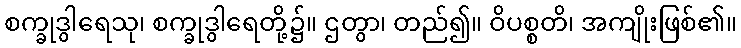
စက္ခုဒွါရေသု၊ စက္ခုဒွါရေတို့၌။ ဌတွာ၊ တည်၍။ ဝိပစ္စတိ၊ အကျိုးဖြစ်၏။